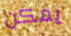
يمكن